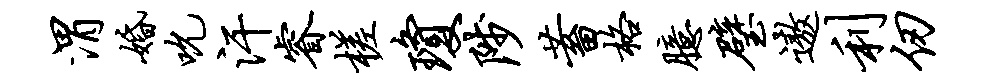
渭婚吮汗睿槎琼陟蓄格臆璧遨利仞